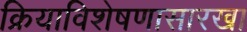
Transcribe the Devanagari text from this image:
क्रियाविशेषणासारखा